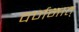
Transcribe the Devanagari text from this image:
वर्णनात्